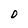
Character: D